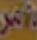
أمر